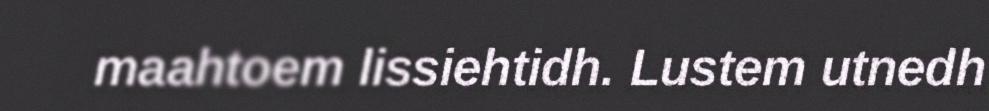
maahtoem lissiehtidh. Lustem utnedh